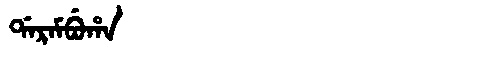
Manchu: ᡩᠠᡵᠠᠮᠪᡠᡥᠠ
Romanization: DARAMBUHA